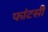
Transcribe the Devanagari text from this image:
फांटसी